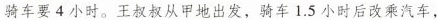
骑车要4小时。王叔叔从甲地出发，骑车1.5小时后改乘汽车，